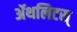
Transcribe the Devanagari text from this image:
ॲथलिटस्